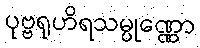
ပုဗ္ဗရုဟိရသမ္ပုဏ္ဏော